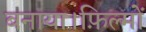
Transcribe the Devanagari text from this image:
बनाया।फ़िल्मों